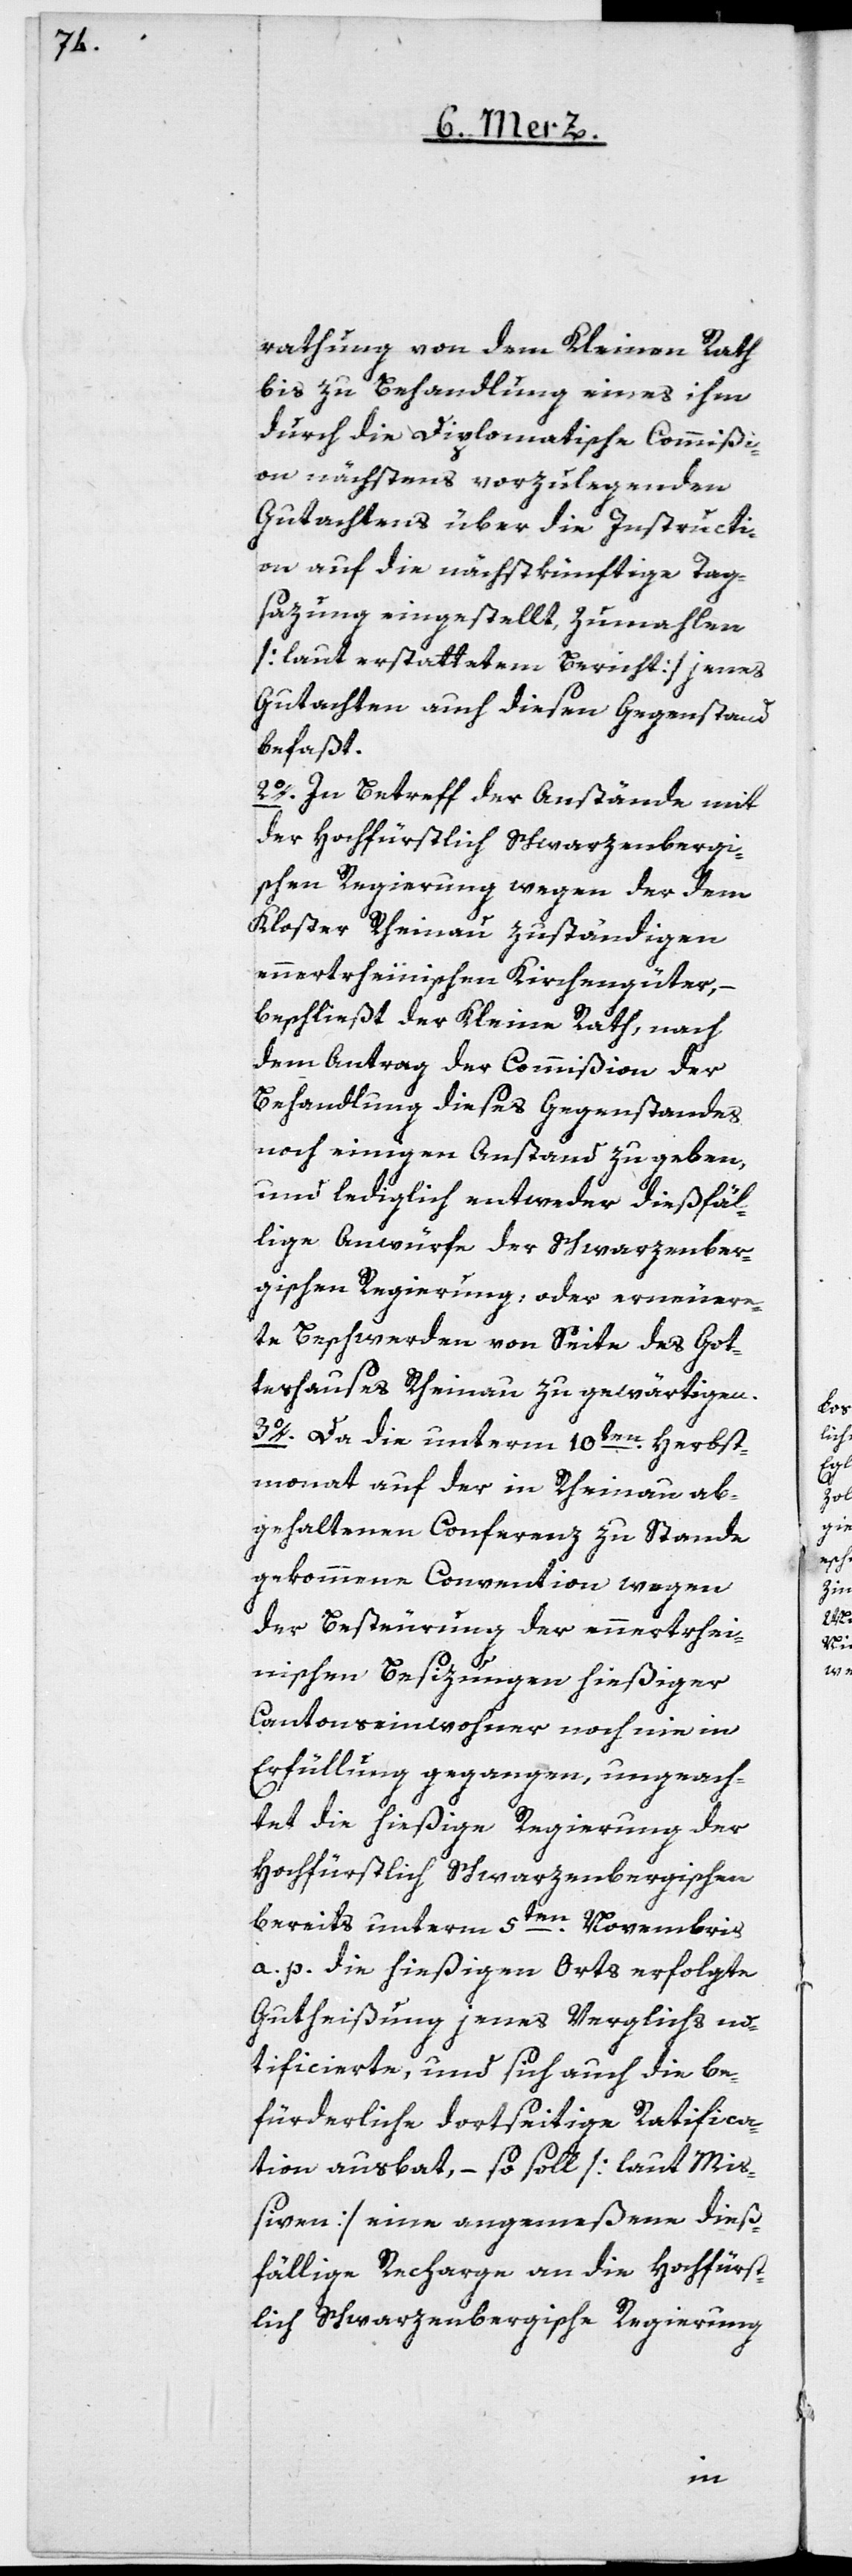
rathung von dem Kleinen Rath
bis zu Behandlung eines ihm
durch die Diplomatische Commißi¬
on nächstens vorzulegenden
Gutachtens über die Instructi¬
on auf die nächstkünftige Tag¬
sazung eingestellt, zumahlen
[laut erstattetem Bericht] jenes
Gutachten auch diesen Gegenstand
befaßt.
2o. In Betreff der Anstände mit
der hochfürstlich schwarzenbergi¬
schen Regierung wegen der dem
Kloster Rheinau zuständigen
ennertrheinischen Kirchengüter, –
beschließt der Kleine Rath, nach
dem Antrag der Commißion der
Behandlung dieses Gegenstandes
noch einigen Anstand zu geben,
und lediglich entweder dießfäl¬
lige Anwürfe der Schwarzenber¬
gischen Regierung, oder erneuere¬
te Beschwerden von Seite des Got¬
teshauses Rheinau zu gewärtigen.
3o. Da die unterm 10ten Herbst¬
monat auf der in Rheinau ab¬
gehaltenen Conferenz zu Stande
gekommene Convention wegen
der Besteurung der ennertrhei¬
nischen Besizungen hießiger
Cantonseinwohner noch nie in
Erfüllung gegangen, ungeach¬
tet die hießige Regierung der
Hochfürstlich Schwarzenbergischen
bereits unterm 5ten Novembris
a. p. die hießigen Orts erfolgte
Gutheißung jenes Verglichs no¬
tificierte, und sich auch die be¬
fürderliche dortseitige Ratifica¬
tion ausbat, – so soll [laut Mi¬
ßiven] eine angemeßene dieß¬
fällige Recharge an die Hochfürst¬
lich Schwarzenbergische Regierung